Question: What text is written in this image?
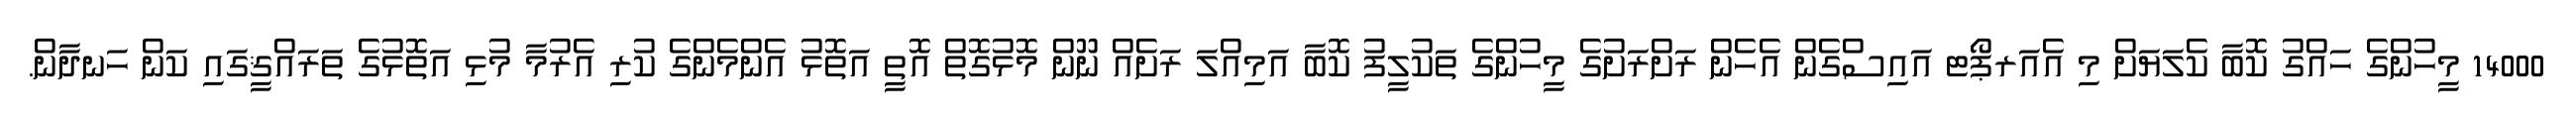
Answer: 14000 މީހުންގެ ހައްގު ކޮބާ ކެލަޔަށް މި އެއަރޕޯޓ އައިސްގެން އެހެން ރަށްރަށުގެ މީހުންގެ ތަކުލީފު ކޮބާ އަމިއްލަ ރަށެއް ނޫން މޮޅުގޮތް އޮތީ އަތޮޅު އެންމެންގެ ކުރި އެރުމާ މުޅި އަތޮޅުގެ ތަރައްޤީގައި ކަން ހަނދާން.